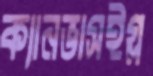
ক্যানভাসইগ্ল